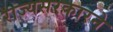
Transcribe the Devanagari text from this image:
राज्यसरकारने